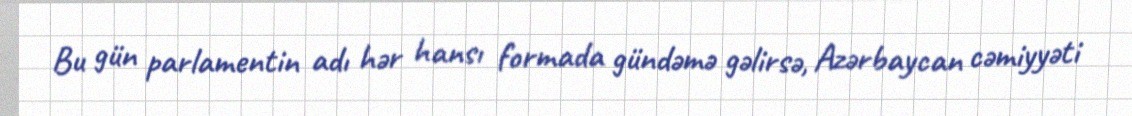
Bu gün parlamentin adı hər hansı formada gündəmə gəlirsə, Azərbaycan cəmiyyəti